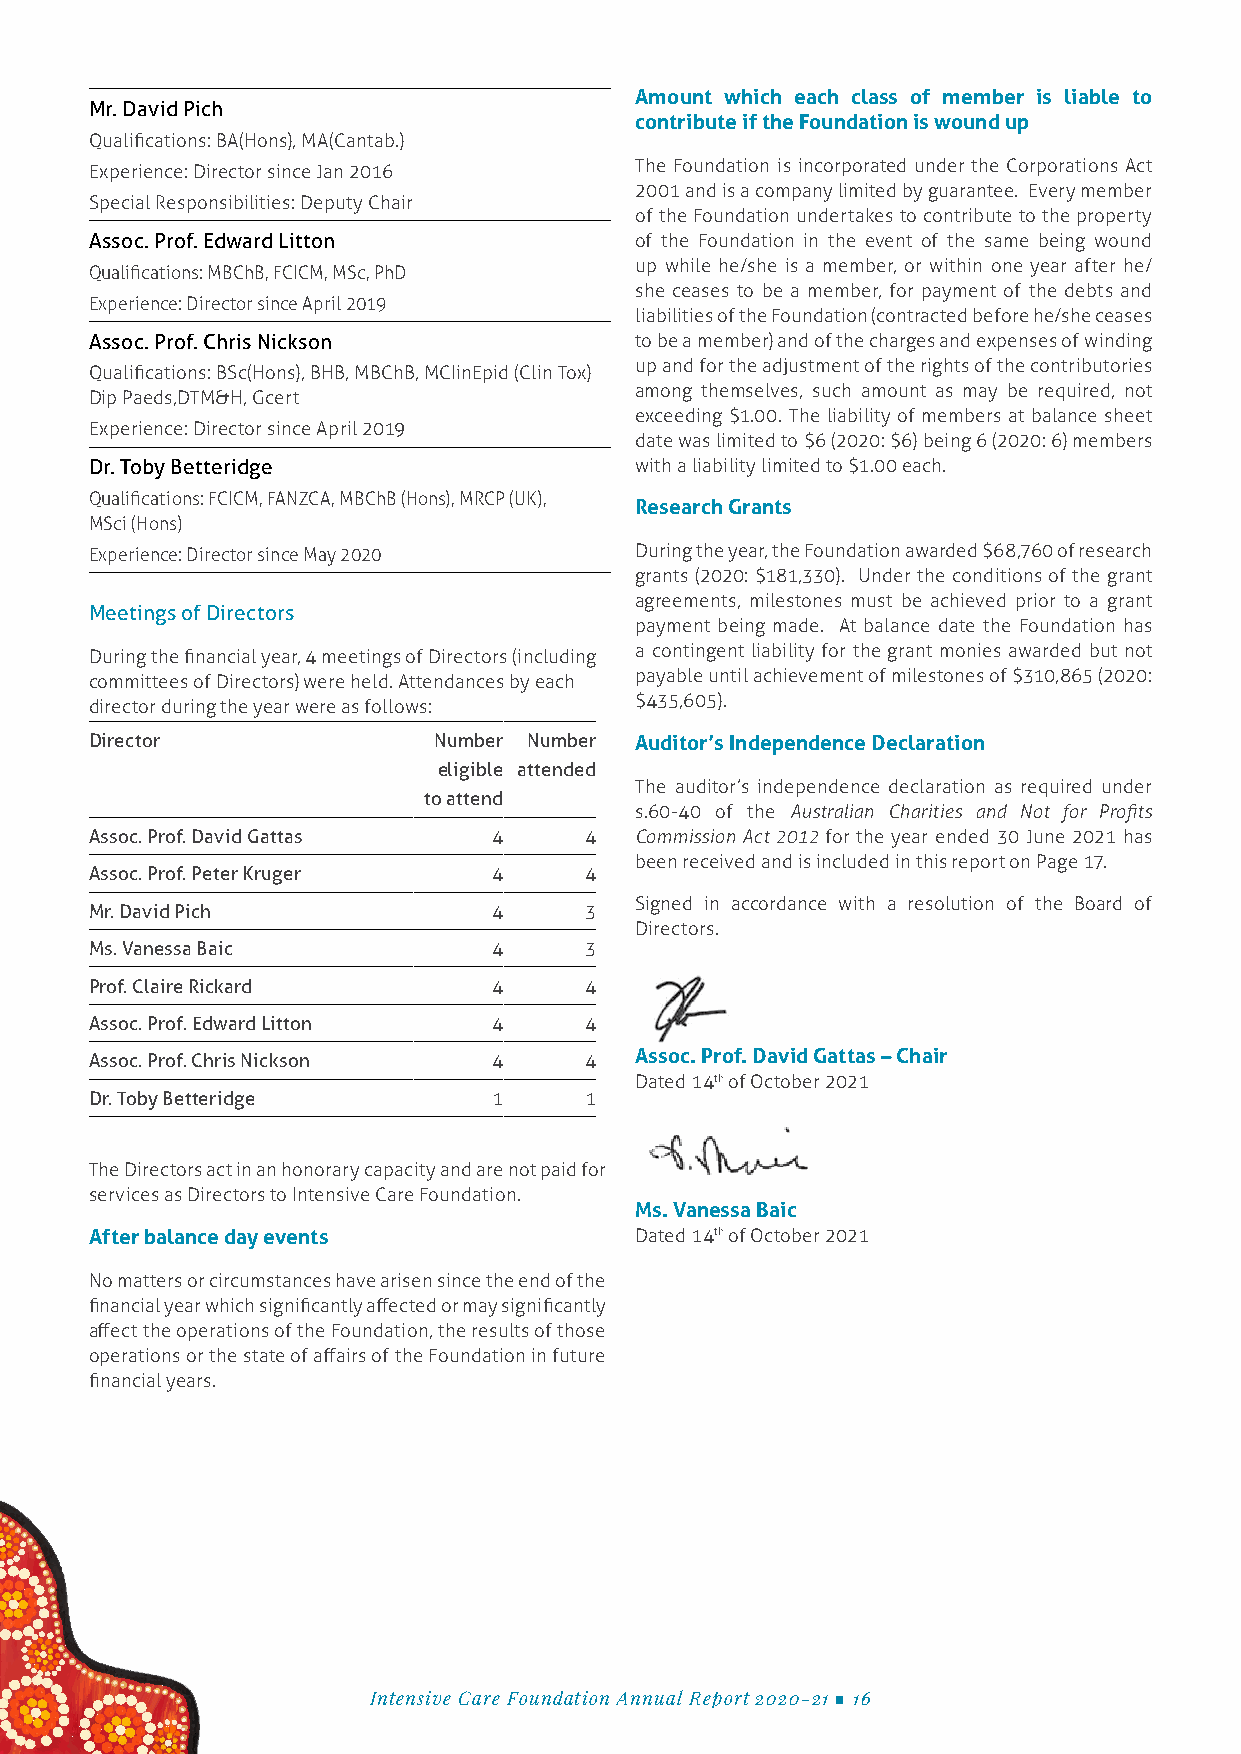
Amount which each class of member is liable to
 Mr. David Pich
 contribute if the Foundation is wound up
 Qualifications: BA(Hons), MA(Cantab.)
 Experience: Director since Jan 2016 The Foundation is incorporated under the Corporations Act
 2001 and is a company limited by guarantee. Every member
 Special Responsibilities: Deputy Chair
 of the Foundation undertakes to contribute to the property
 Assoc. Prof. Edward Litton          of the Foundation in the event of the same being wound
 up while he/she is a member, or within one year after he/
 Qualifications: MBChB, FCICM, MSc, PhD
 she ceases to be a member, for payment of the debts and
 Experience: Director since April 2019
 liabilities of the Foundation (contracted before he/she ceases
 Assoc. Prof. Chris Nickson          to be a member) and of the charges and expenses of winding
 up and for the adjustment of the rights of the contributories
 Qualifications: BSc(Hons), BHB, MBChB, MCIinEpid (Clin Tox)
 among themselves, such amount as may be required, not
 Dip Paeds,DTM&H, Gcert
 exceeding $1.00. The liability of members at balance sheet
 Experience: Director since April 2019
 date was limited to $6 (2020: $6) being 6 (2020: 6) members
 Dr. Toby Betteridge                 with a liability limited to $1.00 each.
 Qualifications: FCICM, FANZCA, MBChB (Hons), MRCP (UK),
 Research Grants
 MSci (Hons)
 Experience: Director since May 2020 During the year, the Foundation awarded $68,760 of research
 grants (2020: $181,330). Under the conditions of the grant
 agreements, milestones must be achieved prior to a grant
 Meetings of Directors
 payment being made. At balance date the Foundation has
 During the financial year, 4 meetings of Directors (including a contingent liability for the grant monies awarded but not
 committees of Directors) were held. Attendances by each payable until achievement of milestones of $310,865 (2020:
 director during the year were as follows: $435,605).
 Director               Number Number Auditor’s Independence Declaration
 eligible attended
 The auditor’s independence declaration as required under
 to attend
 s.60-40 of the Australian Charities and Not for Profits
 Assoc. Prof. David Gattas  4     4  Commission Act 2012 for the year ended 30 June 2021 has
 been received and is included in this report on Page 17.
 Assoc. Prof. Peter Kruger  4     4
 Signed in accordance with a resolution of the Board of
 Mr. David Pich             4     3
 Directors.
 Ms. Vanessa Baic           4     3
 Prof. Claire Rickard       4     4
 Assoc. Prof. Edward Litton 4     4
 Assoc. Prof. Chris Nickson 4     4  Assoc. Prof. David Gattas – Chair
 Dated 14th of October 2021
 Dr. Toby Betteridge        1     1
 The Directors act in an honorary capacity and are not paid for
 services as Directors to Intensive Care Foundation.
 Ms. Vanessa Baic
 After balance day events            Dated 14th of October 2021
 No matters or circumstances have arisen since the end of the
 financial year which significantly affected or may significantly
 affect the operations of the Foundation, the results of those
 operations or the state of affairs of the Foundation in future
 financial years.
 Intensive Care Foundation Annual Report 2020-21 ■ 16